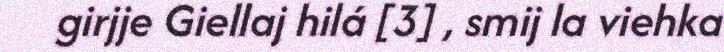
girjje Giellaj hilá [3] , smij la viehka